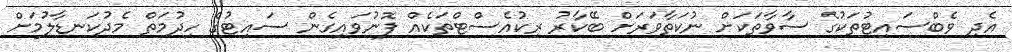
އެދި ވެބްސައިޓުތަކުގެ ސާވާތަކަށް ނުކަތާވަރަށް ބޭކާރު ރިކުއެސްޓްތަކެއް ފޮނުވައިގެން ސައިޓުގެ ހިދުމަތް މެދުކަނޑާލުމަށް